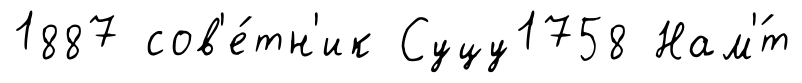
1887 сов'е́тн'ик Суцу1758 Нам'́т